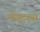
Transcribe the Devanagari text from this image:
मेयट्ल्स